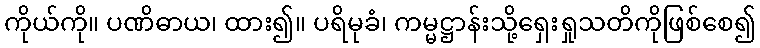
ကိုယ်ကို။ ပဏိဓာယ၊ ထား၍။ ပရိမုခံ၊ ကမ္မဋ္ဌာန်းသို့ရှေးရှုသတိကိုဖြစ်စေ၍